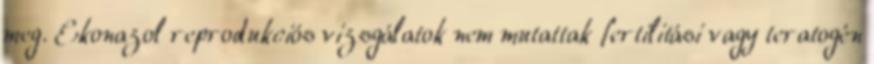
meg. Ekonazol reprodukciós vizsgálatok nem mutattak fertilitási vagy teratogén